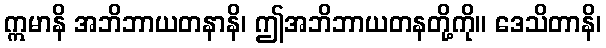
ဣမာနိ အဘိဘာယတနာနိ၊ ဤအဘိဘာယတနတို့ကို။ ဒေသိတာနိ၊